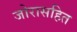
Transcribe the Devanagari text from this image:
जोरासहित